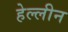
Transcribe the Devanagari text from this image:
हेल्लीन